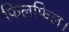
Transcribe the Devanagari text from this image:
फिलफिल।